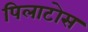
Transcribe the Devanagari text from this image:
पिलाटोस